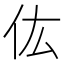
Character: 𠆽